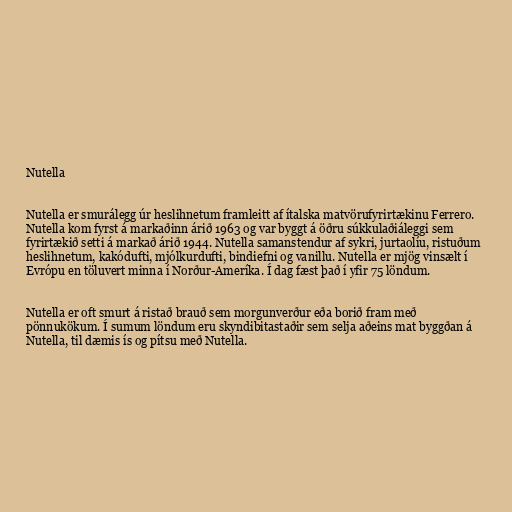
Nutella

Nutella er smurálegg úr heslihnetum framleitt af ítalska matvörufyrirtækinu Ferrero.
Nutella kom fyrst á markaðinn árið 1963 og var byggt á öðru súkkulaðiáleggi sem
fyrirtækið setti á markað árið 1944. Nutella samanstendur af sykri, jurtaolíu, ristuðum
heslihnetum, kakódufti, mjólkurdufti, bindiefni og vanillu. Nutella er mjög vinsælt í
Evrópu en töluvert minna í Norður-Ameríka. Í dag fæst það í yfir 75 löndum.

Nutella er oft smurt á ristað brauð sem morgunverður eða borið fram með
pönnukökum. Í sumum löndum eru skyndibitastaðir sem selja aðeins mat byggðan á
Nutella, til dæmis ís og pítsu með Nutella.